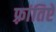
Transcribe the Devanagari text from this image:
फ़्रांतिऐ